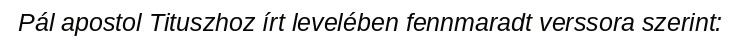
Pál apostol Tituszhoz írt levelében fennmaradt verssora szerint: